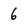
Character: 6